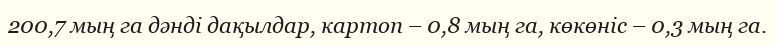
200,7 мың га дәнді дақылдар, картоп – 0,8 мың га, көкөніс – 0,3 мың га.